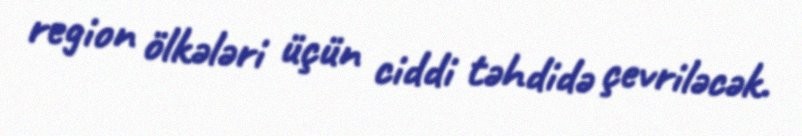
region ölkələri üçün ciddi təhdidə çevriləcək.